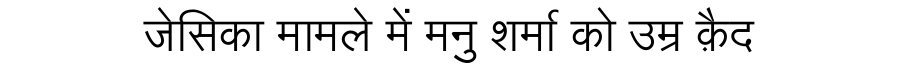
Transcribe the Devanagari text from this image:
जेसिका मामले में मनु शर्मा को उम्र क़ैद